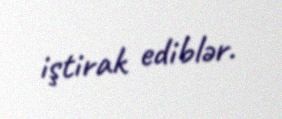
iştirak ediblər.